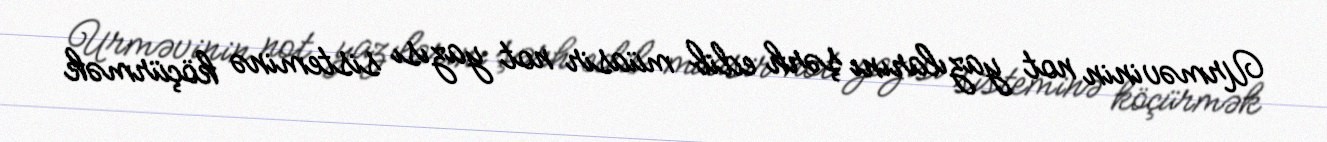
Urməvinin not yazılarını şərh edib müasir not yazısı sisteminə köçürmək